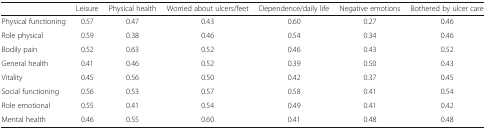
<table><thead><tr><td></td><td><b>Leisure</b></td><td><b>Physical health</b></td><td><b>Worried about ulcers/feet</b></td><td><b>Dependence/daily life</b></td><td><b>Negative emotions</b></td><td><b>Bothered by ulcer care</b></td></tr></thead><tbody><tr><td>Physical functioning</td><td>0.57</td><td>0.47</td><td>0.43</td><td>0.60</td><td>0.27</td><td>0.46</td></tr><tr><td>Role physical</td><td>0.59</td><td>0.38</td><td>0.46</td><td>0.54</td><td>0.34</td><td>0.46</td></tr><tr><td>Bodily pain</td><td>0.52</td><td>0.63</td><td>0.52</td><td>0.46</td><td>0.43</td><td>0.52</td></tr><tr><td>General health</td><td>0.41</td><td>0.46</td><td>0.52</td><td>0.39</td><td>0.50</td><td>0.43</td></tr><tr><td>Vitality</td><td>0.45</td><td>0.56</td><td>0.50</td><td>0.42</td><td>0.37</td><td>0.45</td></tr><tr><td>Social functioning</td><td>0.56</td><td>0.53</td><td>0.57</td><td>0.58</td><td>0.41</td><td>0.54</td></tr><tr><td>Role emotional</td><td>0.55</td><td>0.41</td><td>0.54</td><td>0.49</td><td>0.41</td><td>0.42</td></tr><tr><td>Mental health</td><td>0.46</td><td>0.55</td><td>0.60</td><td>0.41</td><td>0.48</td><td>0.48</td></tr></tbody></table>